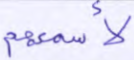
لأسمعهم